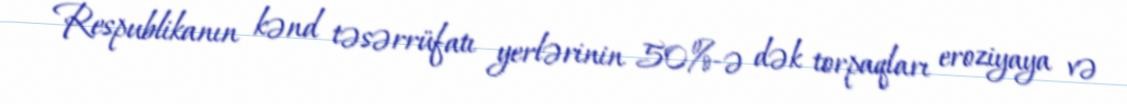
Respublikanın kənd təsərrüfatı yerlərinin 50%-ə dək torpaqları eroziyaya və